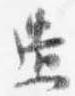
造